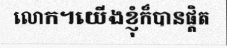
លោក។យើងខ្ញុំក៏បានផ្តិត